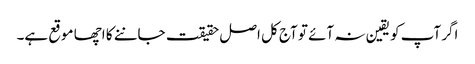
اگر آپ کو یقین نہ آئے تو آج کل اصل حقیقت جاننے کا اچھا موقع ہے۔